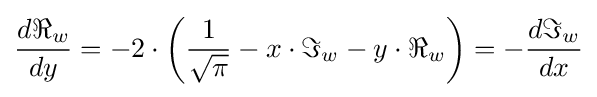
{\frac {d\Re _{w}}{dy}}=-2\cdot \left({\frac {1}{\sqrt {\pi }}}-x\cdot \Im _{w}-y\cdot \Re _{w}\right)=-{\frac {d\Im _{w}}{dx}}